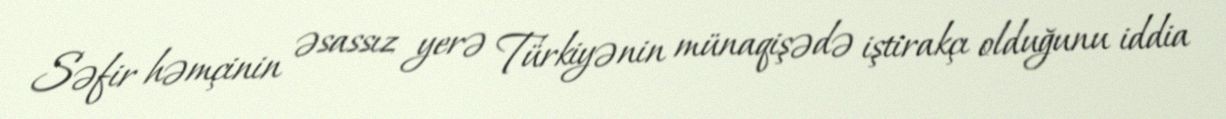
Səfir həmçinin əsassız yerə Türkiyənin münaqişədə iştirakçı olduğunu iddia